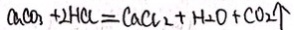
C a C O _ { 3 } + 2 H C C = C a C l _ { 2 } + H _ { 2 } O + C O _ { 2 } \uparrow